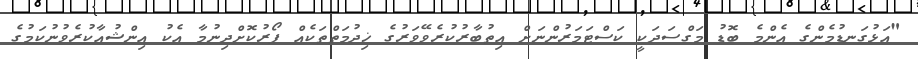
"އަޅުގަނޑުމެންގެ އެންމެ ބޮޑު މަގްސަދަކީ ކަސްޓަމަރުންނަށް އިތުބާރުކުރެވޭވަރުގެ ޚިދުމަތްތަކެއް ފޯރުކޮށްދިނުމާ އެކު އިންޝުއާކުރެވުނުކަމުގެ